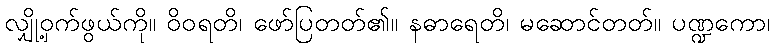
လျှို့ဝှက်ဖွယ်ကို။ ဝိဝရတိ၊ ဖော်ပြတတ်၏။ နဓာရေတိ၊ မဆောင်တတ်။ ပဏ္ဍကော၊